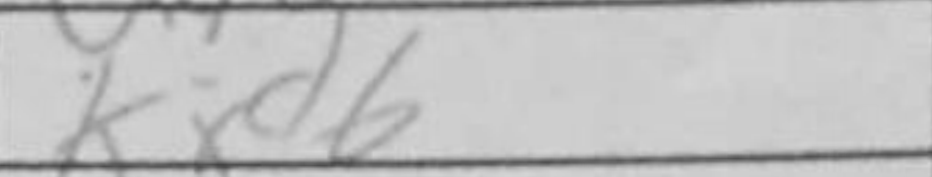
Transcription: Kxd6